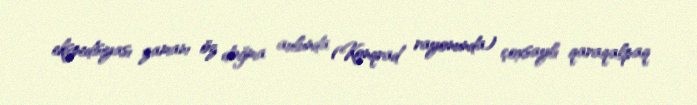
ekspedisiyası zamanı öz doğma aulunda (Konqrad rayonunda) çoxsaylı qaraqalpaq